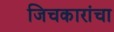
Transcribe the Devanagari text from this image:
जिचकारांचा